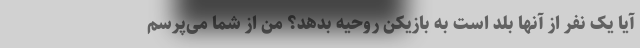
آیا یک نفر از آنها بلد است به بازیکن روحیه بدهد؟ من از شما می‌پرسم